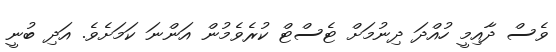
ވެސް ދާއިމީ ހުއްދަ ދިނުމަށް ޓެސްޓް ކުރެވެމުން އަންނަ ކަމަށެވެ. އަދި ބުނީ